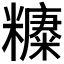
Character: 𱹧